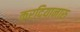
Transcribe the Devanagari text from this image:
करदियानारु